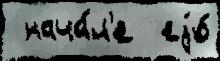
 нача́л'е  еjо́